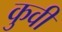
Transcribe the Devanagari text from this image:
कुवी